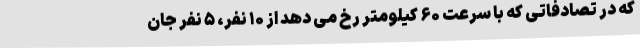
که در تصادفاتی که با سرعت ۶۰ کیلومتر رخ می دهد از ۱۰ نفر، ۵ نفر جان